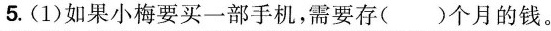
5.(1)如果小梅要买一部手机，需要存( )个月的钱。